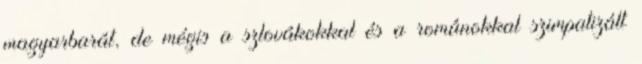
magyarbarát, de mégis a szlovákokkal és a románokkal szimpatizált